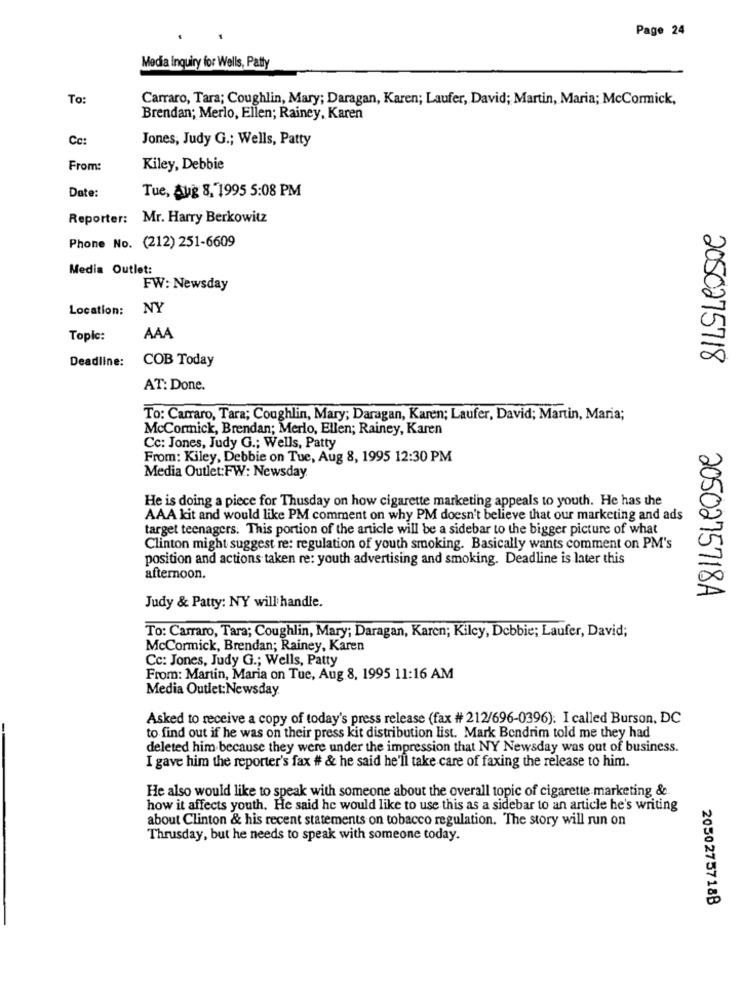
Page 24
Media Inquiry for Wells, Patty
To:
Carraro, Tara; Coughlin, Mary; Daragan, Karen; Laufer, David; Martin, Maria; McCormick,
Brendan; Merlo, Ellen; Rainey, Karen
Cc:
Jones, Judy G .; Wells, Patty
From:
Kiley, Debbie
Date:
Tue, Aug 8, 1995 5:08 PM
Reporter: Mr. Harry Berkowitz
Phone No. (212) 251-6609
Media Outlet:
FW: Newsday
Location: NY
Topic:
AAA
Deadline:
COB Today
2050275718
AT: Done.
To: Carraro, Tara; Coughlin, Mary; Daragan, Karen; Laufer, David; Martin, Maria;
McCormick, Brendan; Merlo, Ellen; Rainey, Karen
Cc: Jones, Judy G .; Wells, Patty
From: Kiley, Debbie on Tue, Aug 8, 1995 12:30 PM
Media Outlet:FW: Newsday.
He is doing a piece for Thusday on how cigarette marketing appeals to youth. He has the
AAA kit and would like PM comment on why PM doesn't believe that our marketing and ads
target teenagers. This portion of the article will be a sidebar to the bigger picture of what
Clinton might suggest re: regulation of youth smoking. Basically wants comment on PM's
position and actions taken re: youth advertising and smoking. Deadline is later this
afternoon.
2050275718A
Judy & Patty: NY will handle.
To: Carraro, Tara; Coughlin, Mary; Daragan, Karen; Kilcy, Debbie; Laufer, David;
McCormick, Brendan; Rainey, Karen
Cc: Jones, Judy G .; Wells, Patty
From: Martin, Maria on Tue, Aug 8, 1995 11:16 AM
Media Outlet: Newsday
Asked to receive a copy of today's press release (fax # 212/696-0396). I called Burson, DC
to find out if he was on their press kit distribution list. Mark Bendrim told me they had
deleted him because they were under the impression that NY Newsday was out of business.
I gave him the reporter's fax # & he said he'll take care of faxing the release to him.
He also would like to speak with someone about the overall topic of cigarette marketing &.
how it affects youth. He said he would like to use this as a sidebar to an article he's writing
about Clinton & his recent statements on tobacco regulation. The story will run on
Thrusday, but he needs to speak with someone today.
2050275718B